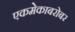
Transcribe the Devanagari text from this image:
एकमेकाबरोबर